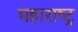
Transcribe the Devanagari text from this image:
महाराष्‍ट्र